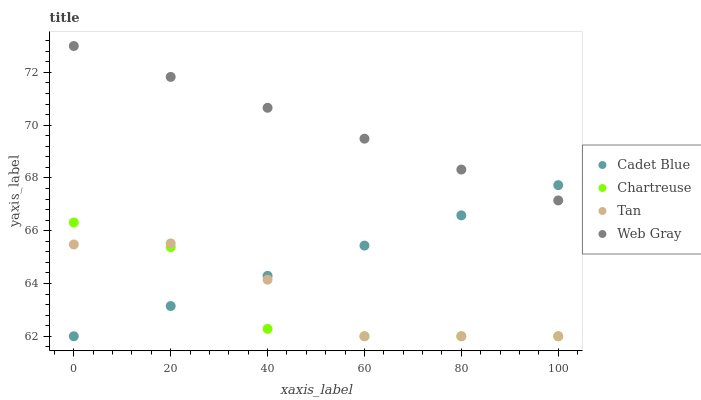
| xaxis_label | Cadet Blue | Chartreuse | Tan | Web Gray |
 | --- | --- | --- | --- | --- |
 | 0 | 62 | 66.3 | 65.5 | 73 |
 | 20 | 63.1 | 65.4 | 65.5 | 71.8 |
 | 40 | 64.3 | 62.3 | 64.1 | 70.7 |
 | 60 | 65.4 | 62 | 62 | 69.5 |
 | 80 | 66.6 | 62 | 62 | 68.3 |
 | 100 | 67.7 | 62 | 62 | 67.1 |